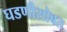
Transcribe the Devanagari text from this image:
घडणीसोबत